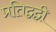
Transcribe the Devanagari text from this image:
प्रतिद्वद्वी